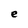
Character: e